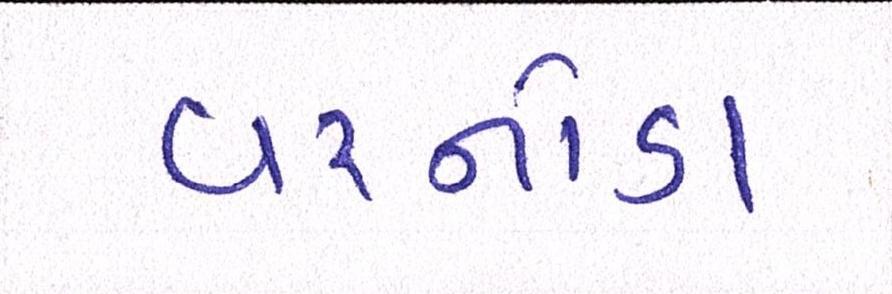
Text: વરનોડા